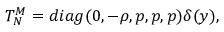
T _ { N } ^ { M } = d i a g ( 0 , - \rho , p , p , p ) \delta ( y ) ,